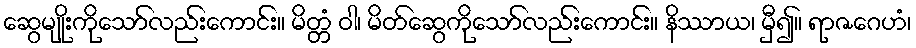
ဆွေမျိုးကိုသော်လည်းကောင်း။ မိတ္တံ ဝါ၊ မိတ်ဆွေကိုသော်လည်းကောင်း။ နိဿာယ၊ မှီ၍။ ရာဇဂေဟံ၊